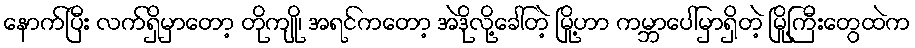
နောက်ပြီး လက်ရှိမှာတော့ တိုကျို၊ အရင်ကတော့ အဲဒိုလို့ခေါ်တဲ့ မြို့ဟာ ကမ္ဘာပေါ်မှာရှိတဲ့ မြို့ကြီးတွေထဲက